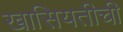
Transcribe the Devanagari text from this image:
खासियतीची